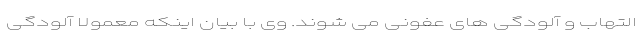
التهاب و آلودگی های عفونی می شوند. وی با بیان اینکه معمولاً آلودگی